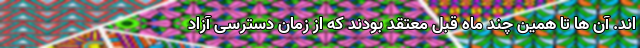
اند. آن ها تا همین چند ماه قبل معتقد بودند که از زمانِ دسترسی آزاد